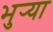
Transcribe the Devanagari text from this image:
भुर्‍या